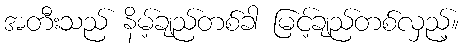
အတီးသည် နိမ့်ချည်တစ်ခါ မြင့်ချည်တစ်လှည့်။